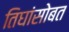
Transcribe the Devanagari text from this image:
तिघांसोबत